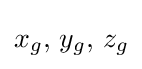
x_{g},\,y_{g},\,z_{g}